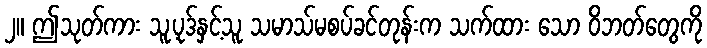
၂။ ဤသုတ်ကား သူ့ပုဒ်နှင့်သူ သမာသ်မစပ်ခင်တုန်းက သက်ထား သော ဝိဘတ်တွေကို